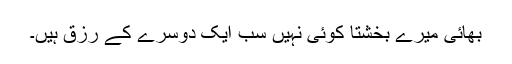
بھائی میرے بخشتا کوئی نہیں سب ایک دوسرے کے رزق ہیں۔